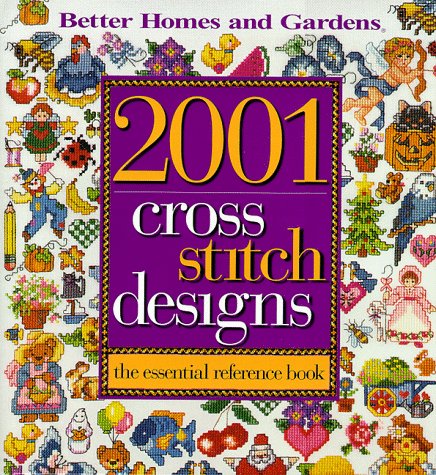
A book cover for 2001 Cross Stitch Designs : The Essential Reference Book; Better Homes and Gardens Books; Crafts, Hobbies & Home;